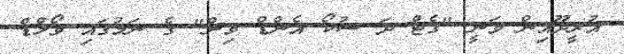
އުރީދޫއިން ވަނީ "ގެޓް ދަ ސުކޯ އެންޑް ވިން" ގެ ނަމުގައި ވޯލްޑް